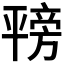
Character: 𪪇